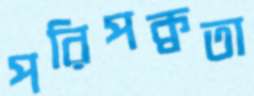
পরিপক্বতা